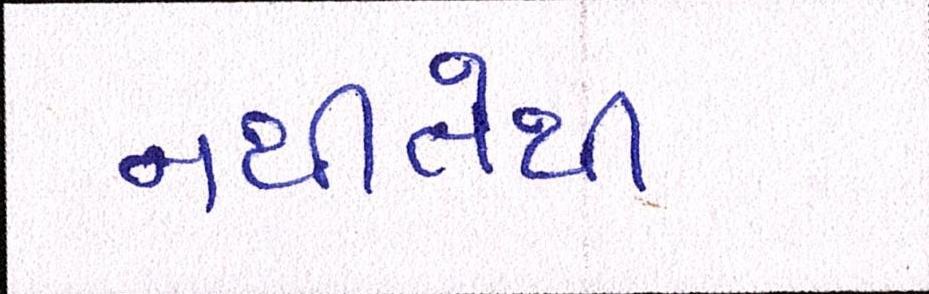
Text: નથીતેથી